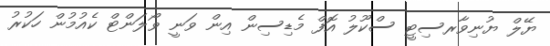
ޔޭލް ޔުނިވާރސިޓީ ސްކޫލު އޮފް މެޑިސިން އިން ވަނީ ވޯލަންޓް ކެއުމުން ހަކުރު